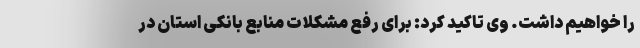
را خواهیم داشت. وی تاکید کرد: برای رفع مشکلات منابع بانکی استان در